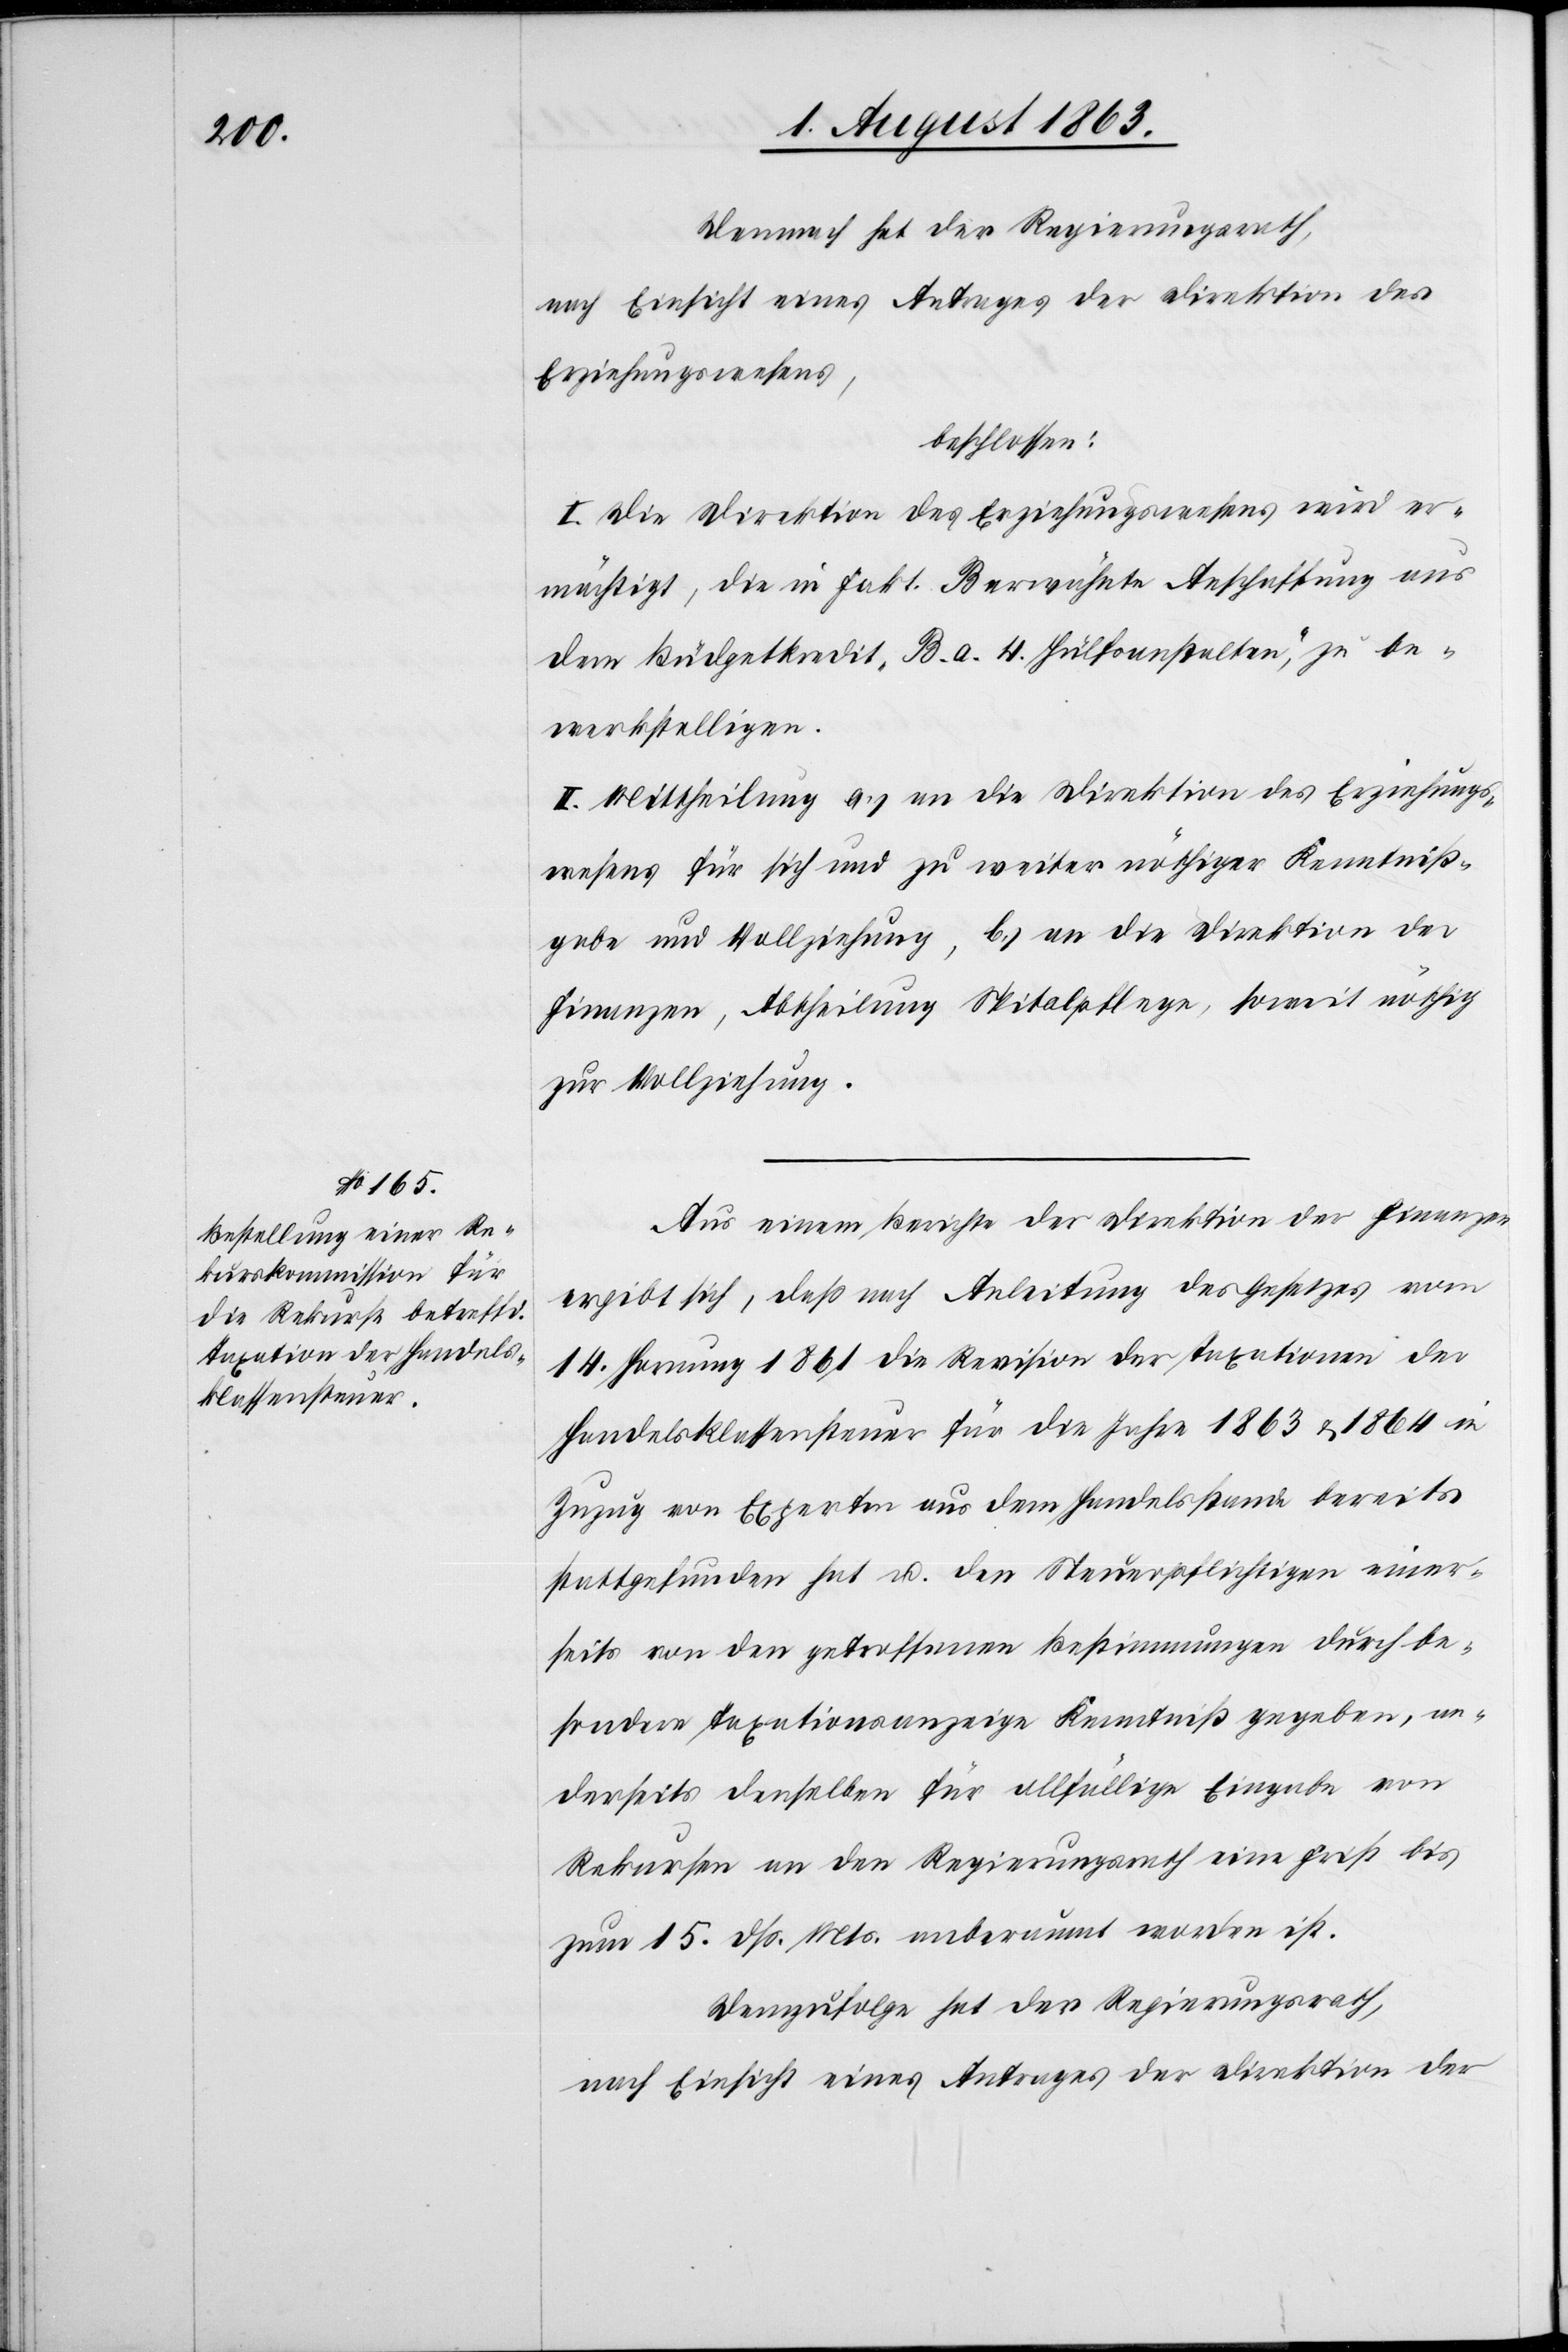
Demnach hat der Regierungsrath,
nach Einsicht eines Antrages der Direktion des
Erziehungswesens,
beschlossen:
I. Die Direktion des Erziehungswesens wird er¬
mächtigt, die in Fakt. B erwähnte Anschaffung aus
dem Büdgetkredit „B. a. 4. Hülfsanstalten“, zu be¬
werkstelligen.
II. Mittheilung a.) an die Direktion des Erziehungs¬
wesens für sich und zu weiter nöthiger Kenntniß¬
gabe und Vollziehung, b.) an die Direktion der
Finanzen, Abtheilung Spitalpflege, soweit nöthig
zur Vollziehung.
Aus einem Berichte der Direktion der Finanzen
ergibt sich, daß nach Anleitung des Gesetzes vom
14. Hornung 1861 die Revision der Taxationen der
Handelsklassensteuer für die Jahre 1863 & 1864 in
Zuzug von Experten aus dem Handelsstande bereits
stattgefunden hat u. den Steuerpflichtigen einer¬
seits von den getroffenen Bestimmungen durch be¬
sondere Taxationsanzeige Kenntniß gegeben, an¬
derseits denselben für allfällige Eingabe von
Rekursen an den Regierungsrath eine Frist bis
zum 15. dß. Mts. anberaumt worden ist.
Demzufolge hat der Regierungsrath,
nach Einsicht eines Antrages der Direktion der